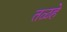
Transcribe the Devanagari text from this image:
तळहे